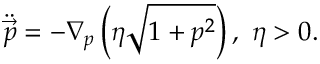
\ddot { \vec { p } } = - \nabla _ { p } \left( \eta \sqrt { 1 + p ^ { 2 } } \right) , \ \eta > 0 .